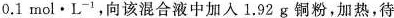
0.1mol·L^{-1}，向该混合液中加入1.92 g 铜粉，加热，待